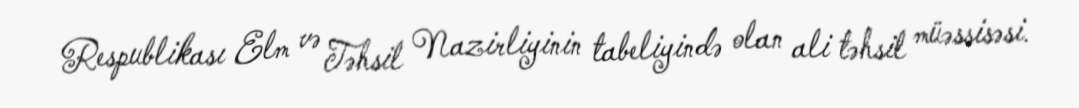
Respublikası Elm və Təhsil Nazirliyinin tabeliyində olan ali təhsil müəssisəsi.